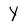
Character: Y